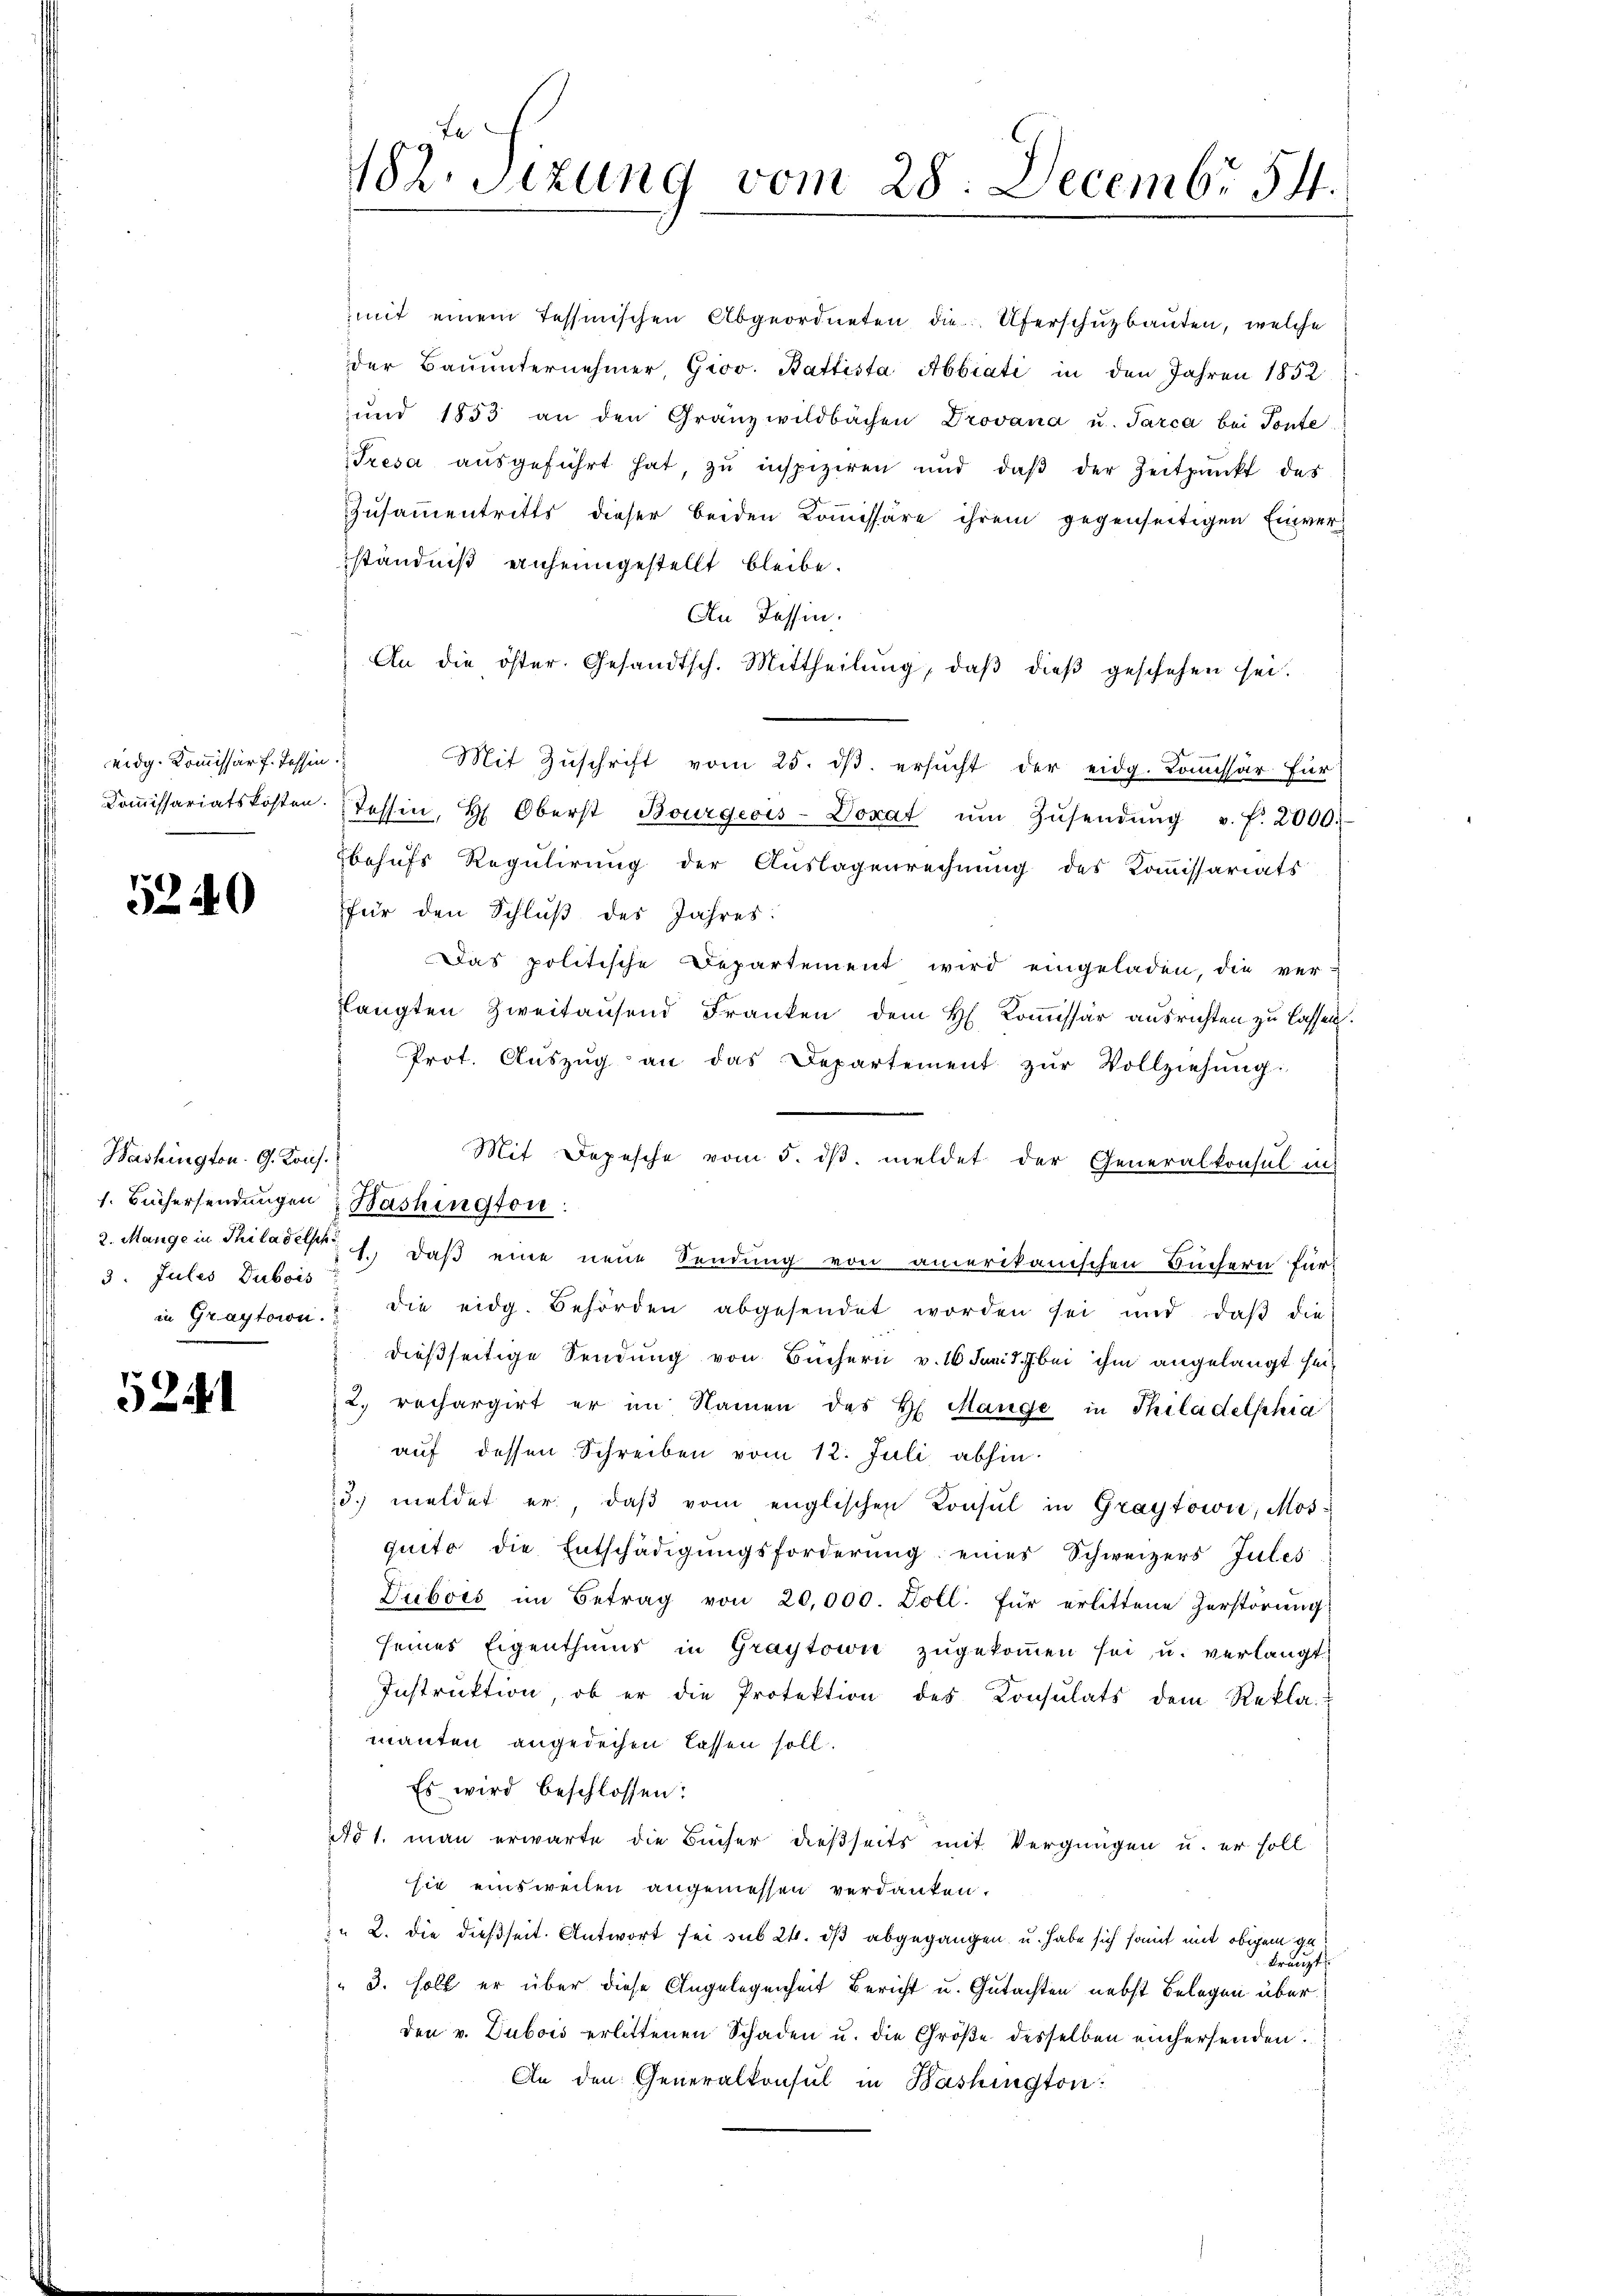
eidg. Kommissär f. Tessin.

5240

Washington. G. Kais.
3. Julis Dubois

5241

mit einem Tessinischen Abgeordneten die Uferschŭzbauten, welche
der Baŭŭnternehmer, Giov. Battista Abbiati in den Jahren 1852
und 1853 an den Granz wildbachen Drovana u. Tarca bei Ponte
Tresa aŭsgeführt hat, zu inspiziren und daβ der Zeitpunkt des
Zusammentritts dieser beiden Kommissäre ihrem gegenseitigen Einverständniß einheimgestellt bleibe.
An Tessin.
An die öster. Gesandtsch. Mittheilŭng, daβ dieβ geschehen sei.
Mit Zŭschrift vom 25. dβ. ersŭcht der eidg. Koṁissär für
Koṁissariatskosten. Tessin, H. Oberst Bourgeois-Doxat ŭm Zŭsendŭng v. f. 2000.
behŭfs Regulirung der Aŭslagenrechnŭng des Koṁissariats
für den Schluß des Jahres:
Das politische Departement wird eingeladen, die ver-
fängten Zweitausend Franken dem H. Kommissär ausrichten zu lassen.
Prot. Aŭszŭg an das Departement zŭr Vollziehŭng:
Mit Depesche vom 5. ds. meldet der Generalkonsul in
1. Büchersendungen Washington
2. Mange in Philadet u. daß eine neue Sendung von amerikanischen Büchern für
in Graytown. die eidg. Behörden abgesendet worden sei und daβ die
dießseitige Sendung von Büchern v. 16 Jantz bei ihm angelangt sei¬
2. rechargirt er im Namen des H. Mange in Thiladelphia
auf dessen Schreiben vom 12. Juli abhin
3. meldet er, daβ vom englischen Konsul in Graytowić, Mosquito die Entschädigŭngsforderŭng eines Schweizers Jules
Dubois im Betrag von 20,000. Doll. für erlittene Zerstörŭng
seines Eigenthums in Graytowie zŭgekommen sei, u. verlangt,
Instruktion, ob er die Protektion des Consulats dem Rekla-
manten angedechen lassen soll.
Es wird beschlossen:
dd 1. man erwarte die Bücher dießseits mit Vergnügen u. er soll
sie einsweilen angemessen verdanken.
" 2. die dießseit. Antwort sei sub 24. dß abgegangen, u. habe sich somit mit obigem ge¬
S. kreuzt
3. soll er über diese Angelegenheit Bericht u. Gutachten nebst Belegen überden v. Dubois erlittenen Schaden u. die Größe desselben einhersenden.
An den Generalkonsul in Bashington:

182. Sitzung vom 28. Decembr 54.